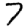
Digit: 7